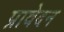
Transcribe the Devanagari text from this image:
प्रावेदन